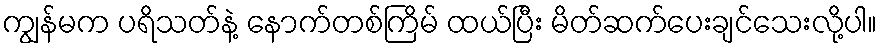
ကျွန်မက ပရိသတ်နဲ့ နောက်တစ်ကြိမ် ထယ်ပြီး မိတ်ဆက်ပေးချင်သေးလို့ပါ။